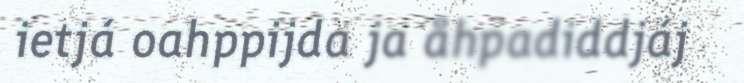
ietjá oahppijda ja åhpadiddjáj